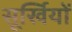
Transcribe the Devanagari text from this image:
सूर्खियों